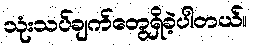
သုံးသပ်ချက်တွေရှိခဲ့ပါတယ်။